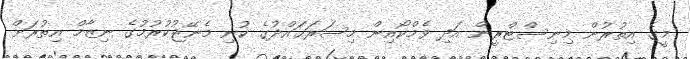
މީގެ އިތުރުން މިނިސްޓްރީން އަދި ވެމްކޯއިން މިސަރަޙައްދުގެ ކުނި މެނޭޖުކުރުމުގެ ނިޒާމް އިތުރަށް